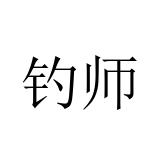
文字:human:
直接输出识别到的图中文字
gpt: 钓师